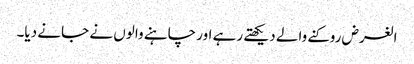
الغرض روکنے والے دیکھتے رہے اور چاہنے والوں نے جانے دیا۔